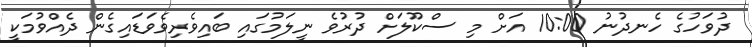
ދުވަހުގެ ހެނދުނު 10:00 އަށް މި ސްކޫލަށް ދުރުވެ ނީލަމުގައި ބައިވެރިވެވަޑައިގެން ދެއްވުމަކީ